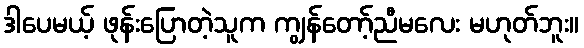
ဒါပေမယ့် ဖုန်းပြောတဲ့သူက ကျွန်တော့်ညီမလေး မဟုတ်ဘူး။